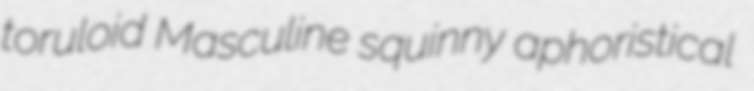
toruloid Masculine squinny aphoristical